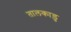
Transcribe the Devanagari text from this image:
तालकाड़ु